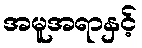
အမူအရာနှင့်